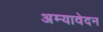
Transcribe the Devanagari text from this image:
अम्यावेदन